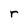
Character: r